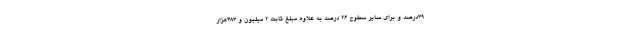
39درصد و برای سایر سطوح 26 درصد به ‌علاوه مبلغ ثابت 2 میلیون و 483هزار